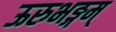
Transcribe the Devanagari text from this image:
ऊरुभङ्गम्